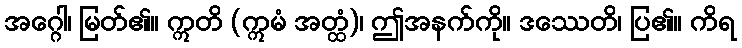
အဂ္ဂေါ၊ မြတ်၏။ ဣတိ (ဣမံ အတ္ထံ)၊ ဤအနက်ကို။ ဒဿေတိ၊ ပြ၏။ ကိရ